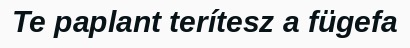
Te paplant terítesz a fügefa